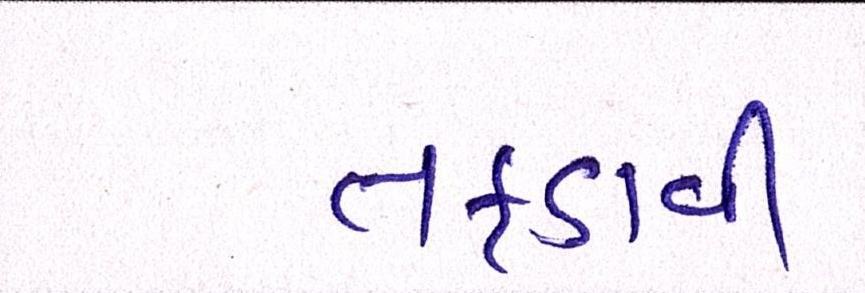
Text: તફડાવી